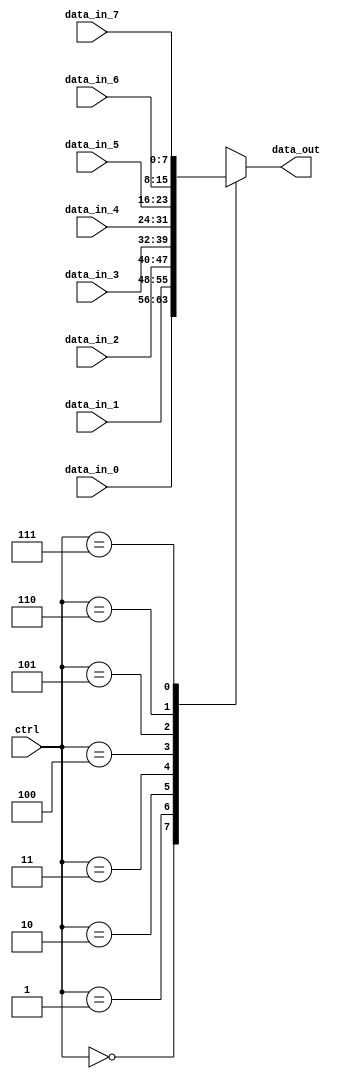
module mux_8to1 (
    input [7:0] data_in_0,
    input [7:0] data_in_1,
    input [7:0] data_in_2,
    input [7:0] data_in_3,
    input [7:0] data_in_4,
    input [7:0] data_in_5,
    input [7:0] data_in_6,
    input [7:0] data_in_7,
    input [2:0] ctrl,
    output reg [7:0] data_out
);

always @* begin
    case(ctrl)
        3'b000: data_out = data_in_0;
        3'b001: data_out = data_in_1;
        3'b010: data_out = data_in_2;
        3'b011: data_out = data_in_3;
        3'b100: data_out = data_in_4;
        3'b101: data_out = data_in_5;
        3'b110: data_out = data_in_6;
        3'b111: data_out = data_in_7;
    endcase
end

endmodule